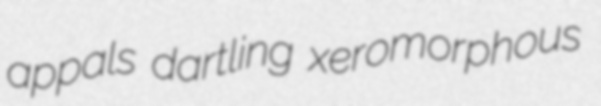
appals dartling xeromorphous